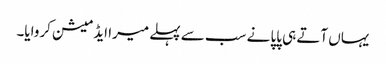
یہاں آتے ہی پاپا نے سب سے پہلے میرا ایڈمیشن کروایا۔